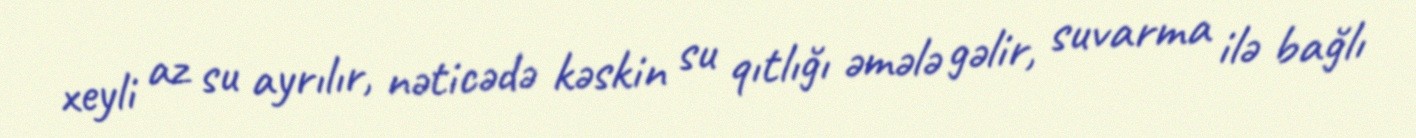
xeyli az su ayrılır, nəticədə kəskin su qıtlığı əmələ gəlir, suvarma ilə bağlı